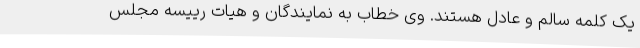
یک کلمه سالم و عادل هستند. وی خطاب به نمایندگان و هیات رییسه مجلس